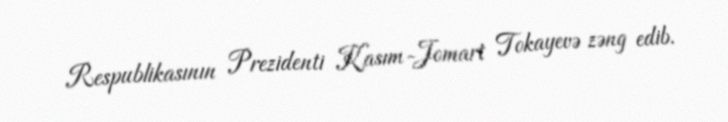
Respublikasının Prezidenti Kasım-Jomart Tokayevə zəng edib.